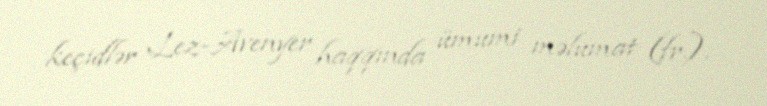
keçidlər Lez-Avenyer haqqında ümumi məlumat (fr.).